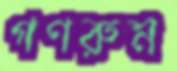
গণরুম